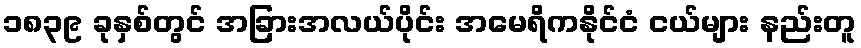
၁၈၃၉ ခုနှစ်တွင် အခြားအလယ်ပိုင်း အမေရိကနိုင်ငံ ငယ်များ နည်းတူ